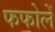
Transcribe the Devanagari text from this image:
फफोलें